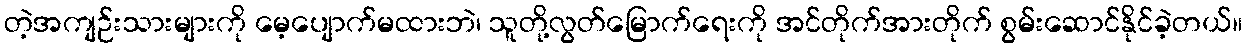
တဲ့အကျဉ်းသားများကို မေ့ပျောက်မထားဘဲ၊ သူတို့လွတ်မြောက်ရေးကို အင်တိုက်အားတိုက် စွမ်းဆောင်နိုင်ခဲ့တယ်။